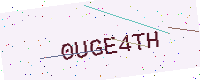
Text: 0UGE4TH